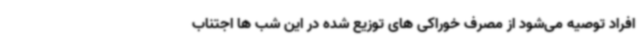
افراد توصیه می‌شود از مصرف خوراکی های توزیع شده در این شب ها اجتناب